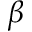
\beta